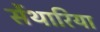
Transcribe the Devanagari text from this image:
सेंथारिया